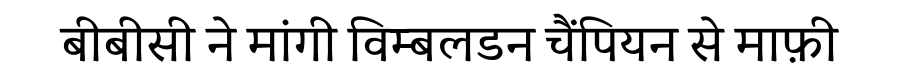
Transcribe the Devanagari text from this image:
बीबीसी ने मांगी विम्बलडन चैंपियन से माफ़ी